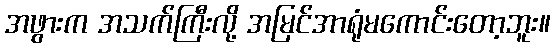
အဖွားက အသက်ကြီးလို့ အမြင်အာရုံမကောင်းတော့ဘူး။